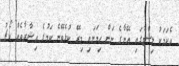
އެކަމަކު ލިސްޓުގައި އޭނާގެ ނަން ހިމަނައި މިރޭ ކުޅެވޭނެ ކަމުގެ އިޝާރާތެއް ކޯޗު